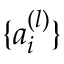
\{ a _ { i } ^ { ( l ) } \}